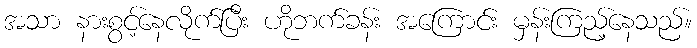
အသာ နားစွင့်နေလိုက်ပြီး ဟိုဘက်ခန်း အကြောင်း မှန်းကြည့်နေသည်။